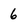
Character: 6